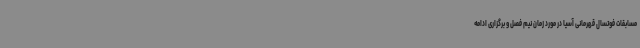
مسابقات فوتسال قهرمانی آسیا در مورد زمان نیم فصل و برگزاری ادامه